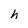
Character: h